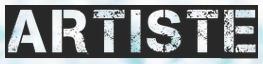
ARTISTE